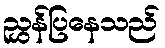
ညွှန်ပြနေသည်